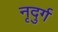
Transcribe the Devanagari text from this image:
नृदुर्ग